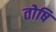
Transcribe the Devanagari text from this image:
तोषि